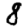
Digit: 8